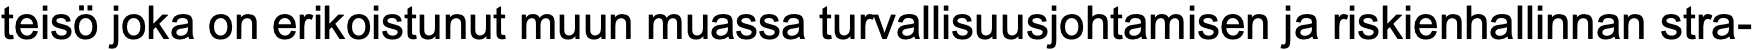
teisö joka on erikoistunut muun muassa turvallisuusjohtamisen ja riskienhallinnan stra-